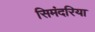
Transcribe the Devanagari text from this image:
सिमंदरिया